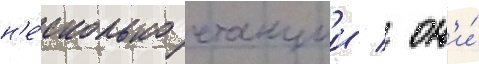
н'е́сколько станции / он'и́